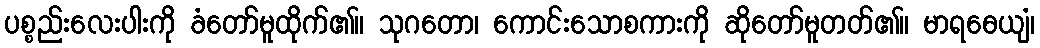
ပစ္စည်းလေးပါးကို ခံတော်မူထိုက်၏။ သုဂတော၊ ကောင်းသောစကားကို ဆိုတော်မူတတ်၏။ မာရဓေယျံ၊